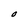
Character: 0